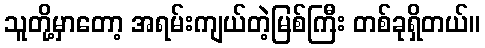
သူတို့မှာတော့ အရမ်းကျယ်တဲ့မြစ်ကြီး တစ်ခုရှိတယ်။